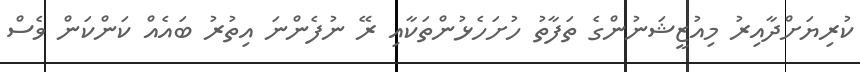
ކުރިޔަށްދާއިރު މިއުޒީޝަނުންގެ ތަފާތު ހުށަހެޅުންތަކާއި ރޭ ނުފެންނަ އިތުރު ބައެއް ކަންކަން ވެސް